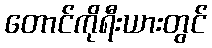
တောင်ကိုရီးယားတွင်